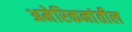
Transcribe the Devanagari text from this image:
अमेरिकनांतील